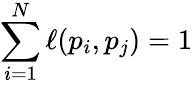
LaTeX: \sum_{i=1}^{N}\ell(p_{i},p_{j})=1